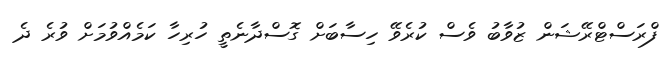
ފްރަސްޓްރޭޝަން ޒުވާބު ވެސް ކުރެވޭ ހިސާބަށް ގޮސްދާނެތީ ހުރިހާ ކަމެއްވުމަށް ވުރެ ދެ